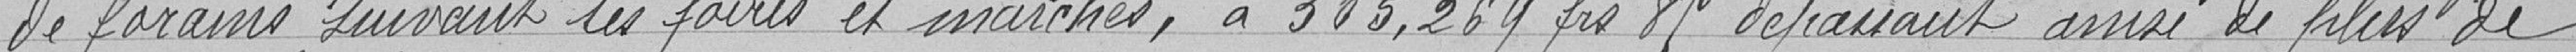
de forains suivant les foires et marchés, à 305.269 francs 85 dépassant ainsi de plus de